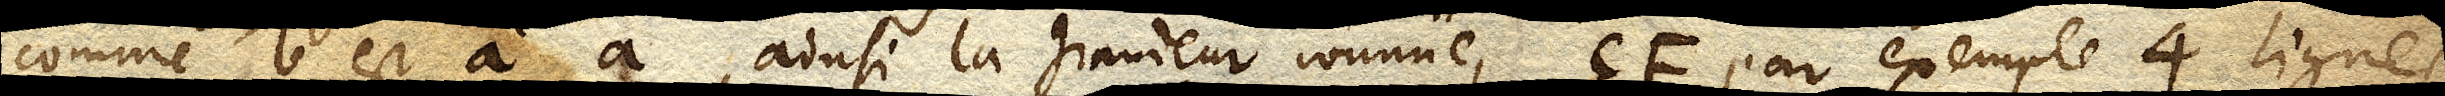
comme b est à a, ainsi la grandeur connüe, EF, par exemple 4 lignes,